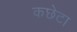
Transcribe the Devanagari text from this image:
कछेटा